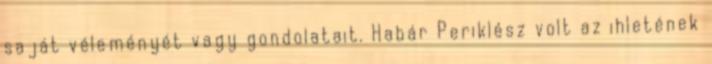
saját véleményét vagy gondolatait. Habár Periklész volt az ihletének